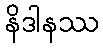
နိဒါနဿ